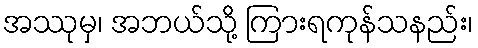
အဿုမှ၊ အဘယ်သို့ ကြားရကုန်သနည်း၊